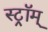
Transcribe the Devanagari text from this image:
स्ट्रॉम्‌